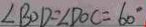
\angle B O D = \angle D O C = 6 0 ^ { \circ }